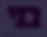
בני